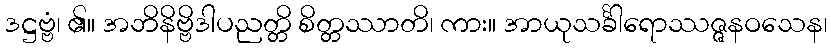
ဒဋ္ဌဗ္ဗံ၊ ၏။ အဘိနိဗ္ဗိဒါပညတ္တိ စိတ္တဿာတိ၊ ကား။ အာယုသင်္ခါရောဿဇ္ဇနဝသေန၊